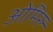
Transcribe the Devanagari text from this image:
ओमिरु